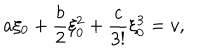
a \xi _ { 0 } + \frac { b } { 2 } \xi _ { 0 } ^ { 2 } + \frac { c } { 3 ! } \xi _ { 0 } ^ { 3 } = v ,